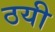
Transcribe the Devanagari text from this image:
ठयी